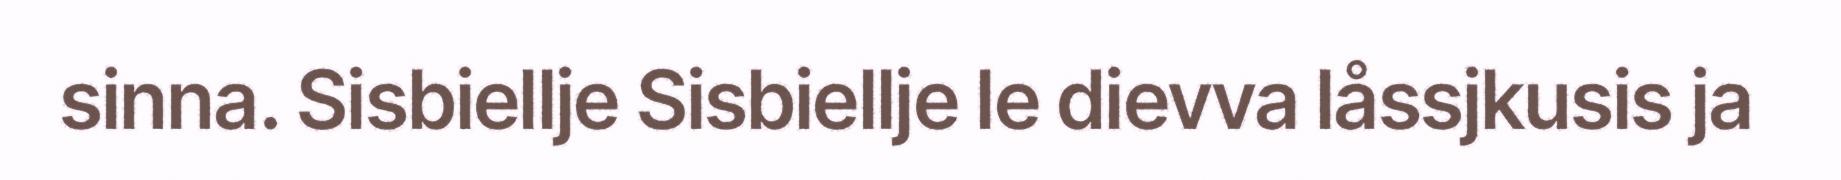
sinna. Sisbiellje Sisbiellje le dievva låssjkusis ja